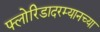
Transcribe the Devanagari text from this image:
फ्लोरिडादरम्यानच्या